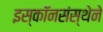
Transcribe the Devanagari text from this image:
इस्कॉनसंस्थेने